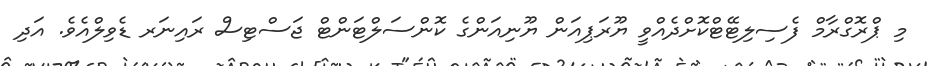
މި ޕްރޮގްރާމް ފެސިލިޓޭޓްކޮށްދެއްވީ ޔޫރަޕިއަން ޔޫނިއަންގެ ކޮންސަލްޓަންޓް ޖަސްޓިސް ރައިނަރ ޑެވިލްއެވެ. އަދި